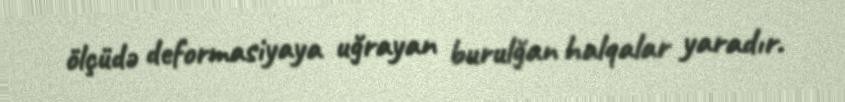
ölçüdə deformasiyaya uğrayan burulğan halqalar yaradır.